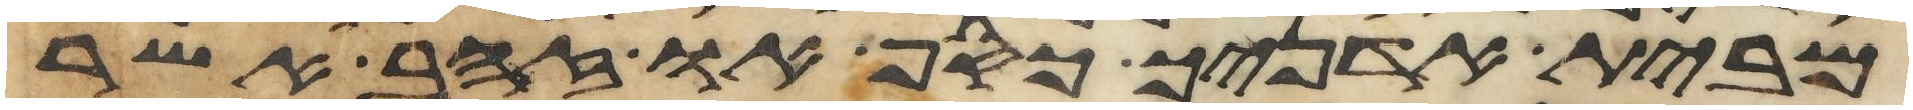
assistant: מבית אדניך כסף או זהב אשר